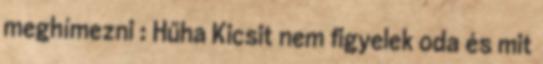
meghímezni : Hűha Kicsit nem figyelek oda és mit